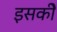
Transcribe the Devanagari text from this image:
इसकीे